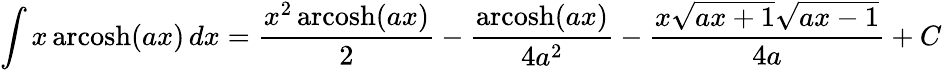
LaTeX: \int x\operatorname{arcosh}(ax)\, dx={\frac{x^{2}\operatorname{arcosh}(ax)}{2}}-{\frac{\operatorname{arcosh}(ax)}{4a^{2}}}-{\frac{x{\sqrt{ax+1}}{\sqrt{ax-1}}}{4a}}+C